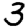
Digit: 3